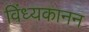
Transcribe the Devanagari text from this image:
विंध्यकानन